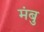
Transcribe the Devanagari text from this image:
मंबु